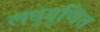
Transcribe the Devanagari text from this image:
लघुगुणित